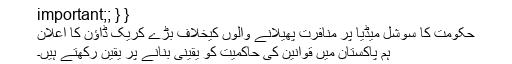
important;; } }
حکومت کا سوشل میڈیا پر منافرت پھیلانے والوں کیخلاف بڑے کریک ڈاؤن کا اعلان
ہم پاکستان میں قوانین کی حاکمیت کو یقینی بنانے پر یقین رکھتے ہیں۔